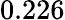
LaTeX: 0.226